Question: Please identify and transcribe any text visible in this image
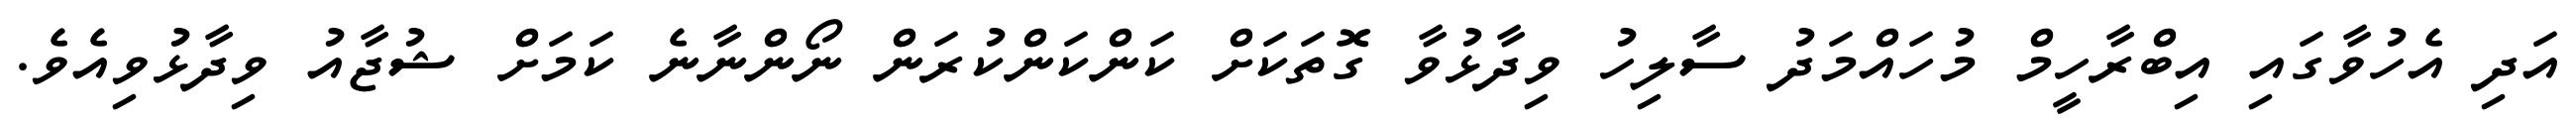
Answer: އަދި އެހުވާގައި އިބްރާހީމް މުހައްމަދު ސާލިހު ވިދާޅުވާ ގޮތަކަށް ކަންކަންކުރަން ނޯންނާނެ ކަމަށް ޝުޖާއު ވިދާޅުވިއެވެ.